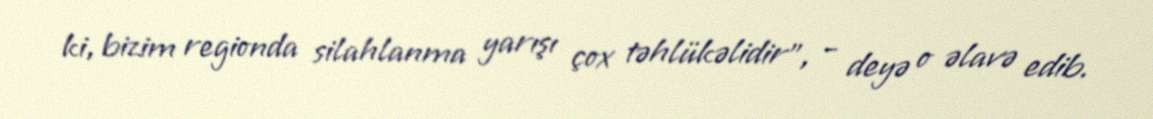
ki, bizim regionda silahlanma yarışı çox təhlükəlidir”, - deyə o əlavə edib.